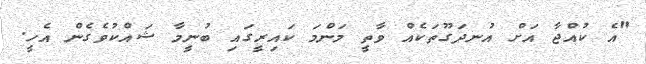
"އެ ކުއްޖާ އަށް އުނދަގޫތަކެއް ވާތީ މަންމަ ކައިރީގައި ބުނީމާ ޝައްކުވެގެން އެހީ.